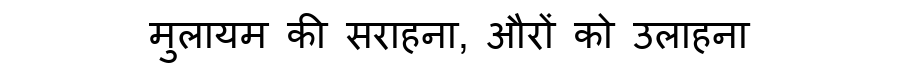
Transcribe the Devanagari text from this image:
मुलायम की सराहना, औरों को उलाहना